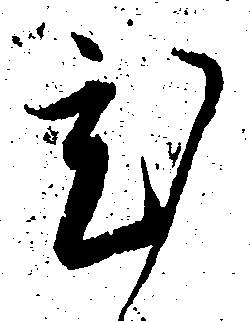
ひ